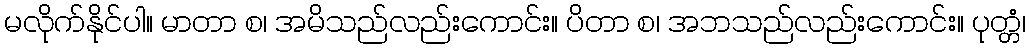
မလိုက်နိုင်ပါ။ မာတာ စ၊ အမိသည်လည်းကောင်း။ ပိတာ စ၊ အဘသည်လည်းကောင်း။ ပုတ္တံ၊